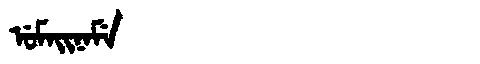
Manchu: ᡠᠮᠠᡳᠨᠠᠮᡝ
Romanization: UMAINAME